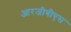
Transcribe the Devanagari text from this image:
आरजीबीएस